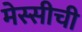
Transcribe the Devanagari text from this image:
मेस्सीची